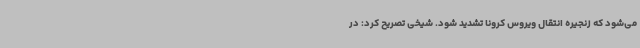
می‌شود که زنجیره انتقال ویروس کرونا تشدید شود. شیخی تصریح کرد: در